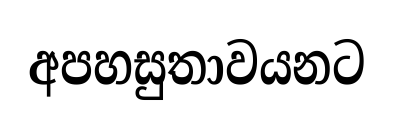
අපහසුතාවයනට